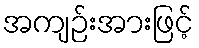
အကျဉ်းအားဖြင့်